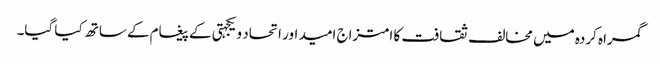
گمراہ کردہ میں مخالف ثقافت کا امتزاج امید اور اتحاد و یکجہتی کے پیغام کے ساتھ کیا گیا۔